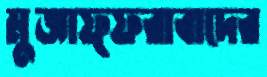
মুজাফ্ফরাবাদের